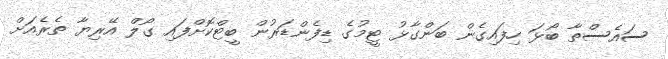
ސައެސްތާ ބޯޅަ ހިފައިގެން ބަންގާޅު ޓީމުގެ ޑިފެންޑަރުން ބީޓްކޮށްފައި ގޯލް އޭރިޔާ ތެރެއަށް